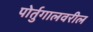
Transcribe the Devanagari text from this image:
पोर्तुगालवरील